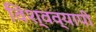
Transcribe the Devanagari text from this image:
विश्‍वव्यापी